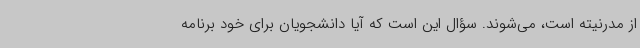
از مدرنیته است، می‌شوند. سؤال این است که آیا دانشجویان برای خود برنامه